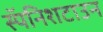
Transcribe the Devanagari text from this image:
स्पॅनिशटाउन